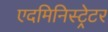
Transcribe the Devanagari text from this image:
एदमिनिस्ट्रेटर